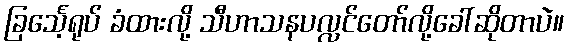
ခြင်္သေ့ရုပ် ခံထားလို့ သီဟာသနပလ္လင်တော်လို့ခေါ်ဆိုတာပဲ။